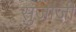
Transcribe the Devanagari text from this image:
सुजाजी